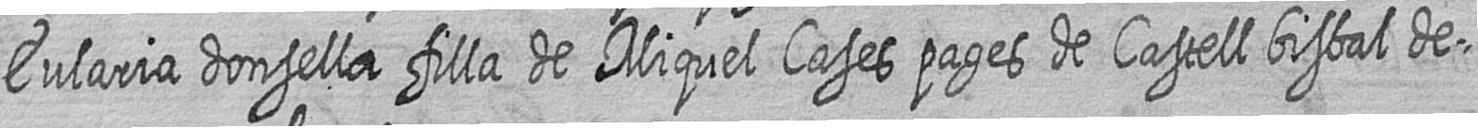
Eularia donsella filla de Miquel Cases pages de Castell bisbal de=